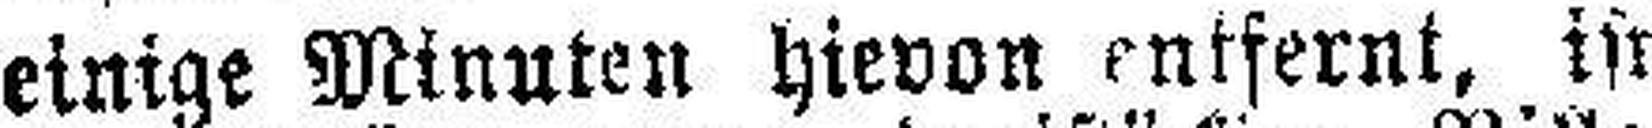
einige Minuten hievon entfernt, ist